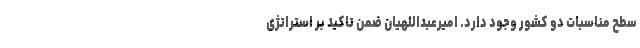
سطح مناسبات دو کشور وجود دارد. امیرعبداللهیان ضمن تاکید بر استراتژی